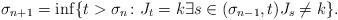
LaTeX: \begin{align*}\sigma_{n+1}=\inf\{t> \sigma_{n} \colon J_t=k \exists s\in(\sigma_{n-1},t) J_s\not=k\}.\end{align*}